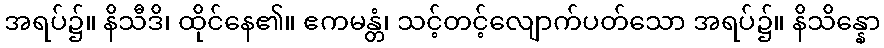
အရပ်၌။ နိသီဒိ၊ ထိုင်နေ၏။ ဧကမန္တံ၊ သင့်တင့်လျောက်ပတ်သော အရပ်၌။ နိသိန္နော